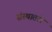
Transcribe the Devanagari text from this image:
संस्थातले